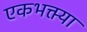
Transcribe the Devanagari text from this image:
एकभक्त्या